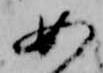
女